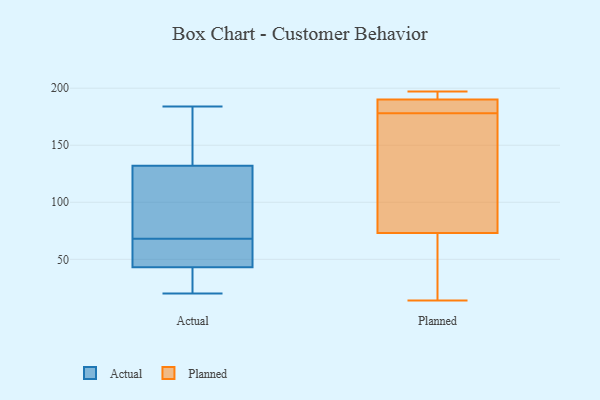
{"axis": {"x": "Operating Costs (USD K)", "y": "Value"}, "legend": ["Actual", "Planned"], "data": [{"x": "", "y": 46, "type": "Actual"}, {"x": "", "y": 56, "type": "Actual"}, {"x": "", "y": 127, "type": "Actual"}, {"x": "", "y": 124, "type": "Actual"}, {"x": "", "y": 147, "type": "Actual"}, {"x": "", "y": 34, "type": "Actual"}, {"x": "", "y": 20, "type": "Actual"}, {"x": "", "y": 68, "type": "Actual"}, {"x": "", "y": 168, "type": "Actual"}, {"x": "", "y": 47, "type": "Actual"}, {"x": "", "y": 32, "type": "Actual"}, {"x": "", "y": 184, "type": "Actual"}, {"x": "", "y": 101, "type": "Actual"}, {"x": "", "y": 37, "type": "Planned"}, {"x": "", "y": 194, "type": "Planned"}, {"x": "", "y": 197, "type": "Planned"}, {"x": "", "y": 14, "type": "Planned"}, {"x": "", "y": 15, "type": "Planned"}, {"x": "", "y": 73, "type": "Planned"}, {"x": "", "y": 190, "type": "Planned"}, {"x": "", "y": 163, "type": "Planned"}, {"x": "", "y": 192, "type": "Planned"}, {"x": "", "y": 188, "type": "Planned"}, {"x": "", "y": 182, "type": "Planned"}, {"x": "", "y": 99, "type": "Planned"}, {"x": "", "y": 176, "type": "Planned"}, {"x": "", "y": 180, "type": "Planned"}]}